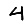
Digit: 4